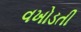
વખોડતી